Scottish Leaving Certificate Examination, 1951
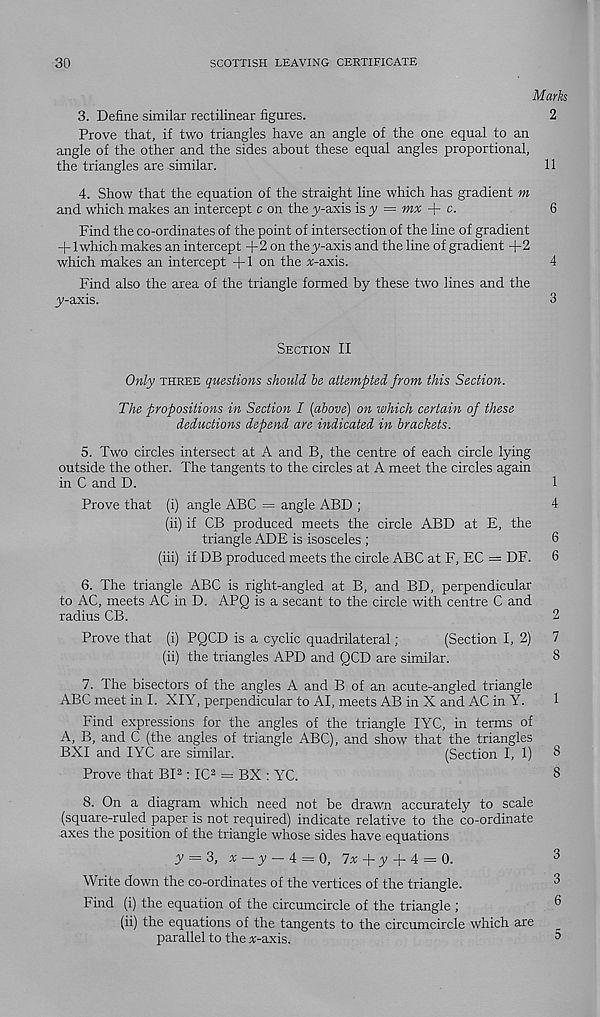
30
SCOTTISH LEAVING CERTIFICATE
Marks
3. Define similar rectilinear figures.
2
Prove that, if two triangles have an angle of the one equal to an
angle of the other and the sides about these equal angles proportional,
the triangles are similar.
11
4. Show that the equation of the straight line which has gradient m
and which makes an intercept c on the ^-axis is ^ = mx + c.
6
Find the co-ordinates of the point of intersection of the line of gradient
+ 1 which makes an intercept +2 on thej'-axis and the line of gradient +2
which makes an intercept +1 on the ir-axis.
4
Find also the area of the triangle formed by these two lines and the
y-axis.
3
Section II
Only three questions should he attempted from this Section.
The propositions in Section I [above) on which certain of these
deductions depend are indicated in brackets.
5. Two circles intersect at A and B, the centre of each circle lying
outside the other. The tangents to the circles at A meet the circles again
in C and D.
1
Prove that (i) angle ABC = angle ABD ;
4
(ii) if CB produced meets the circle ABD at E, the
triangle ADE is isosceles ;
6
(iii) if DB produced meets the circle ABC at F, EC = DF. 6
6. The triangle ABC is right-angled at B, and BD, perpendicular
to AC, meets AC in D. APQ is a secant to the circle with centre C and
radius CB.
2
Prove that (i) PQCD is a cyclic quadrilateral;
(Section I, 2) 7
(ii) the triangles APD and QCD are similar.
8
7. The bisectors of the angles A and B of an acute-angled triangle
ABC meet in I. XIY, perpendicular to AI, meets AB in X and AC in Y.
1
Find expressions for the angles of the triangle IYC, in terms of
A, B, and C (the angles of triangle ABC), and show that the triangles
BXI and IYC are similar.
(Section I, 1) 8
Prove that BP : IC a = BX : YC.
8
8. On a diagram which need not be drawn accurately to scale
(square-ruled paper is not required) indicate relative to the co-ordinate
axes the position of the triangle whose sides have equations
y = 3,
y — 4 = 0, 7v+y + 4 = 0.
Write down the co-ordinates of the vertices of the triangle,
hind (i) the equation of the circumcircle of the triangle ;
(ii) the equations of the tangents to the circumcircle which are
parallel to the x-axis.